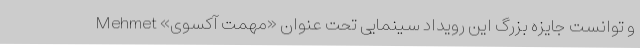
و توانست جایزه بزرگ این رویداد سینمایی تحت عنوان «مهمت آکسوی» Mehmet